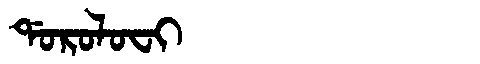
Manchu: ᡩᠣᡵᠣᠯᠣᠸᡳ
Romanization: DOROLOFI